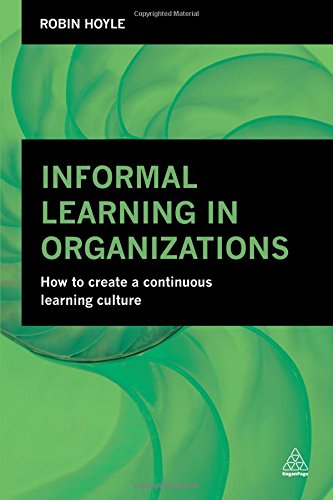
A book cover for Informal Learning in Organizations: How to Create a Continuous Learning Culture; Robin Hoyle; Education & Teaching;